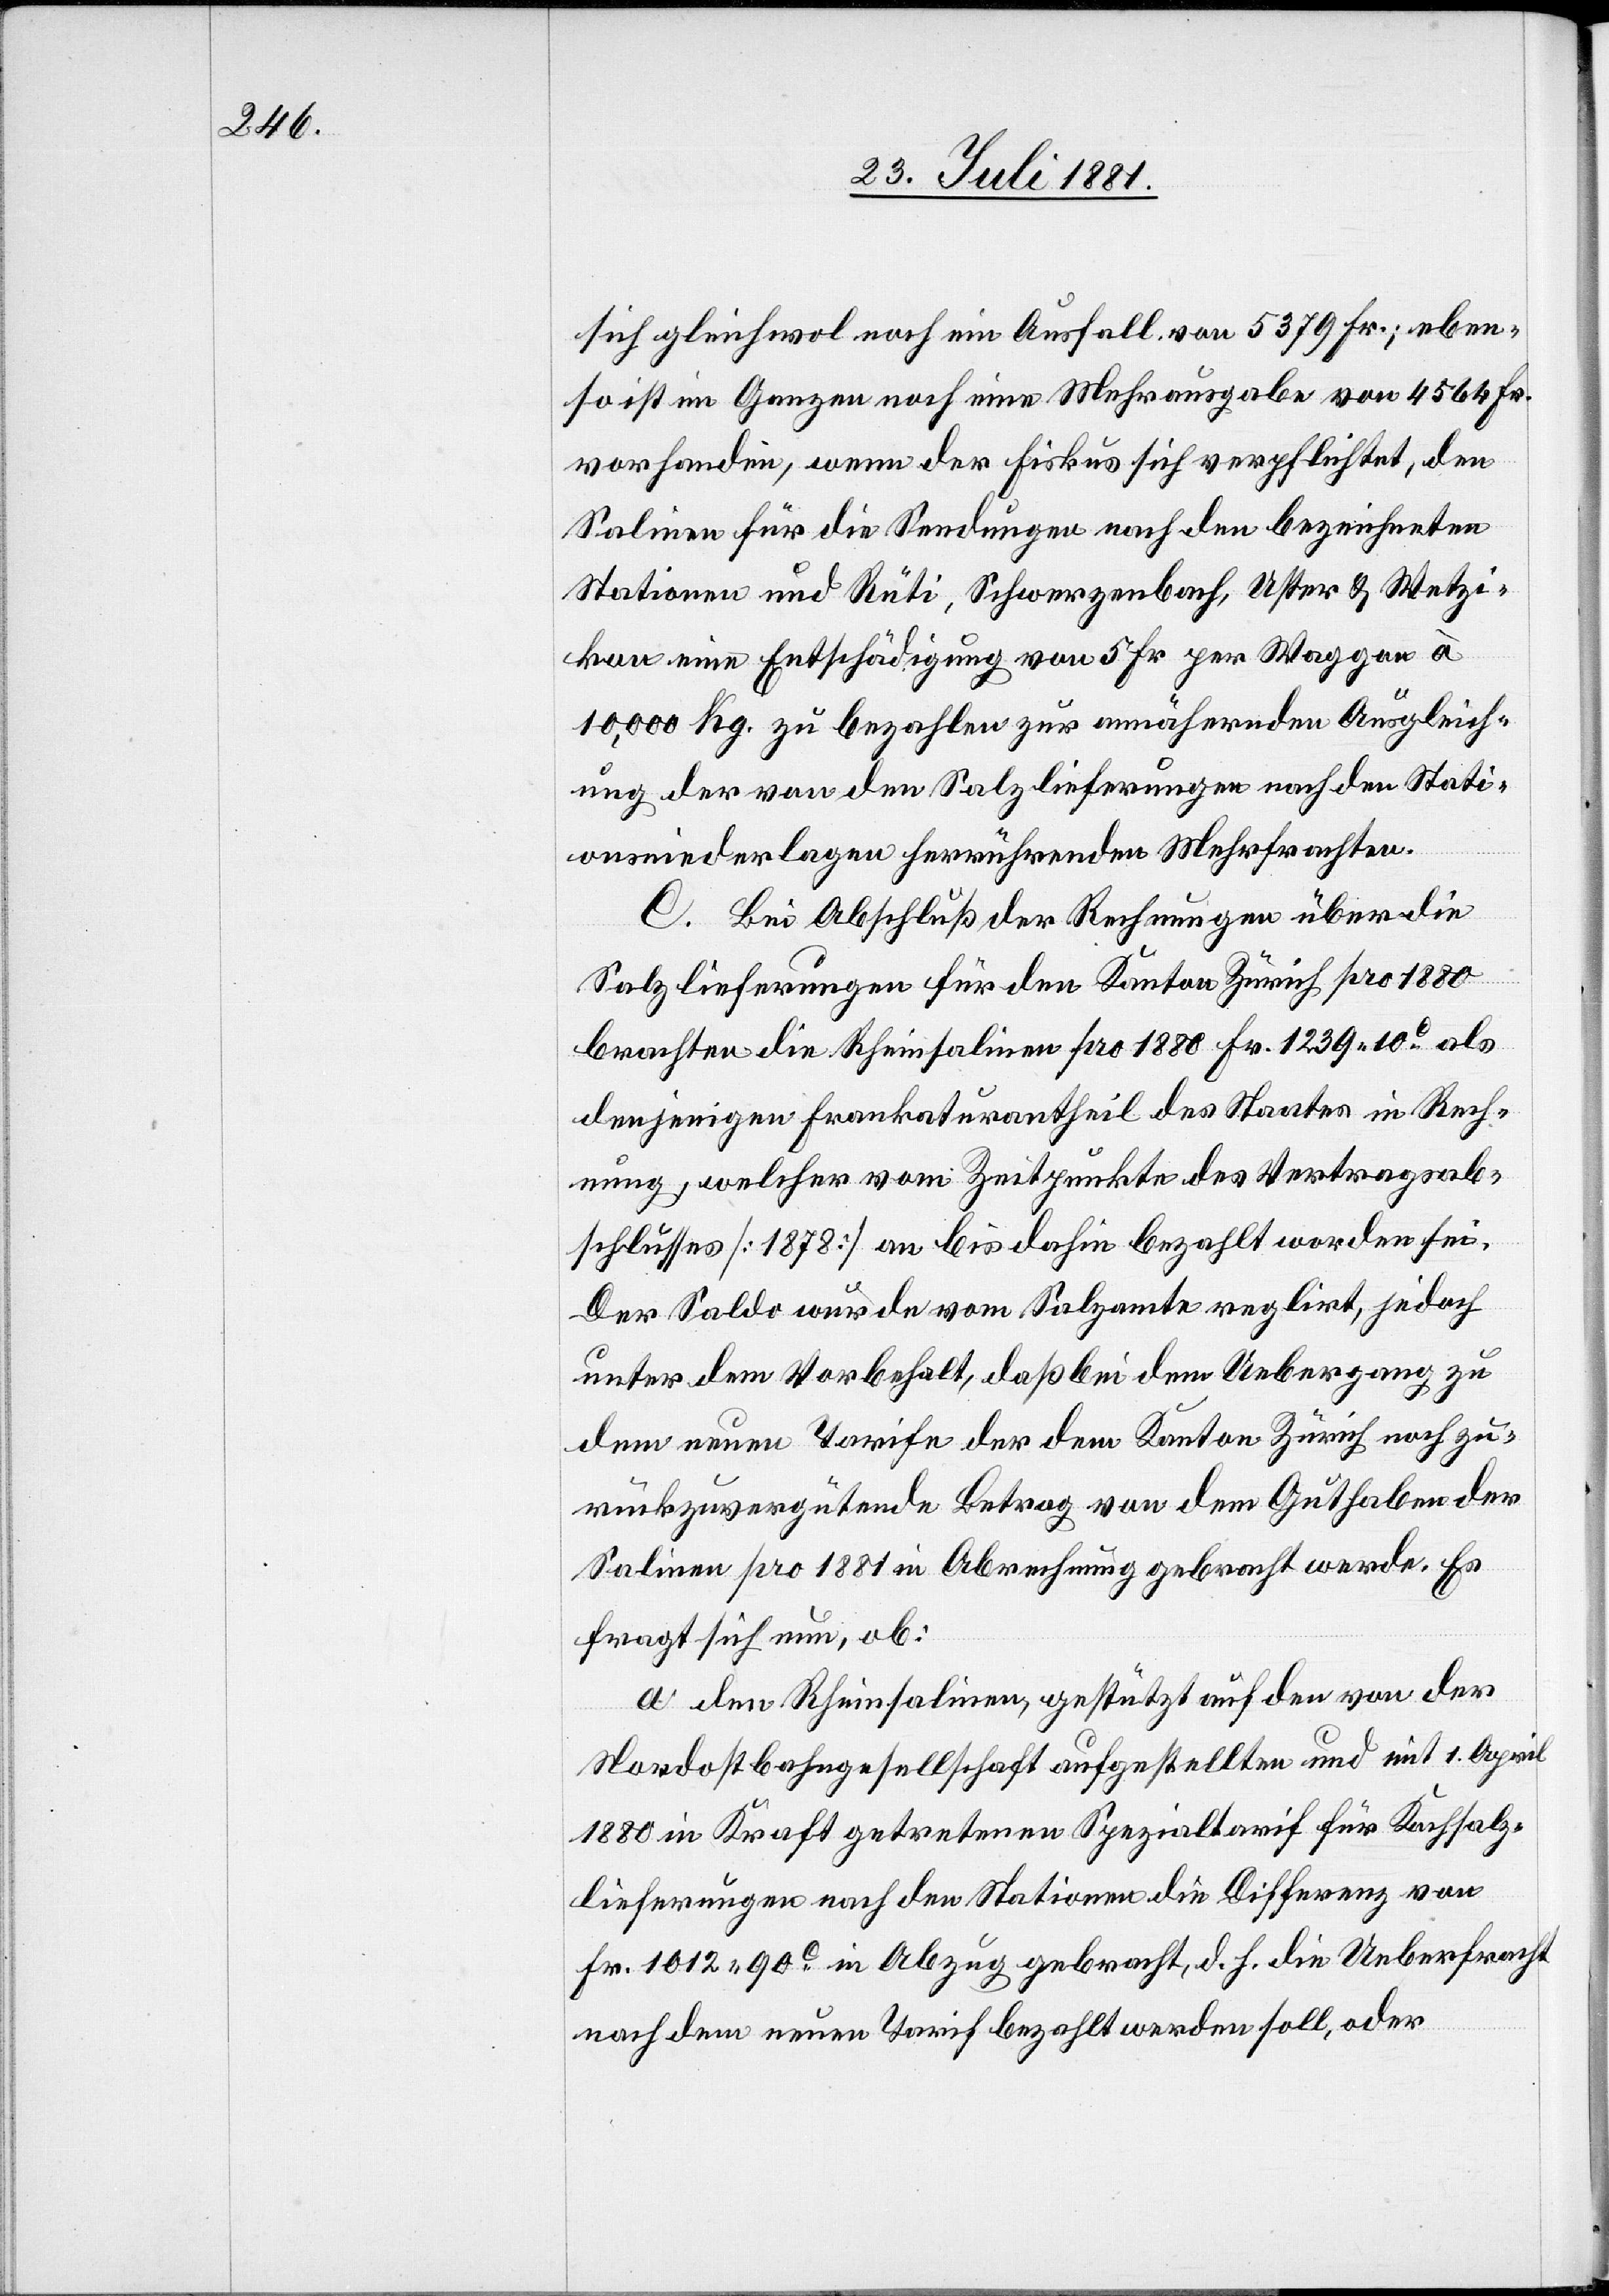
sich gleichwol noch ein Ausfall von 5379 Fr.; eben¬
so ist im Ganzen noch eine Mehrausgabe von 4564 Fr.
vorhanden, wenn der Fiskus sich verpflichtet, den
Salinen für die Sendungen nach den bezeichneten
Stationen und Rüti, Schwerzenbach, Uster & Wetzi¬
kon eine Entschädigung von 5 Fr. per Waggon à
10,000 Kg. zu bezahlen zur annähernden Ausgleich¬
ung der von den Salzlieferungen nach den Stati¬
onsniederlagen herrührenden Mehrfrachten.
C. Bei Abschluß der Rechnungen über die
Salzlieferungen für den Kanton Zürich pro 1880
brachten die Rheinsalinen pro 1880 Fr. 1239 10c als
denjenigen Frankaturantheil des Staates in Rech¬
nung, welcher vom Zeitpunkte des Vertragsab¬
schlusses [1878] an bis dahin bezahlt worden sei.
Der Saldo wurde vom Salzamte reglirt, jedoch
unter dem Vorbehalt, daß bei dem Uebergang zu
dem neuen Tarife der dem Kanton Zürich noch zu¬
rückzuvergütende Betrag von dem Guthaben der
Salinen pro 1881 in Abrechnung gebracht werde. Es
fragt sich nun, ob:
a. den Rheinsalinen, gestützt auf den von der
Nordostbahngesellschaft aufgestellte und mit 1. April
1880 in Kraft getretene Spezialtarif für Kochsalz¬
lieferungen nach den Stationen die Differenz von
Fr. 1012 90c in Abzug gebracht, d. h. die Ueberfracht
nach dem neuen Tarif bezahlt werden soll, oder